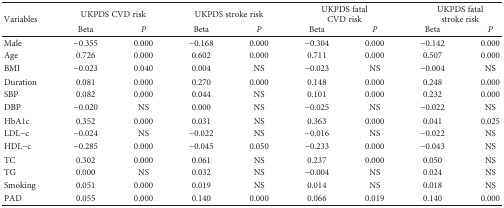
| <ROWSPAN=2> Variables | <COLSPAN=2> UKPDS CVD risk | <COLSPAN=2> UKPDS stroke risk | <COLSPAN=2> UKPDS fatal CVD risk | <COLSPAN=2> UKPDS fatal stroke risk |
 | Beta | P | Beta | P | Beta | P | Beta | P |
 | --- | --- | --- | --- | --- | --- | --- | --- | --- |
 | Male | −0.355 | 0.000 | −0.168 | 0.000 | −0.304 | 0.000 | −0.142 | 0.000 |
 | Age | 0.726 | 0.000 | 0.602 | 0.000 | 0.711 | 0.000 | 0.507 | 0.000 |
 | BMI | −0.023 | 0.040 | 0.004 | NS | −0.023 | NS | −0.004 | NS |
 | Duration | 0.081 | 0.000 | 0.270 | 0.000 | 0.148 | 0.000 | 0.248 | 0.000 |
 | SBP | 0.082 | 0.000 | 0.044 | NS | 0.101 | 0.000 | 0.232 | 0.000 |
 | DBP | −0.020 | NS | 0.000 | NS | −0.025 | NS | −0.022 | NS |
 | HbA1c | 0.352 | 0.000 | 0.031 | NS | 0.363 | 0.000 | 0.041 | 0.025 |
 | LDL−c | −0.024 | NS | −0.022 | NS | −0.016 | NS | −0.022 | NS |
 | HDL−c | −0.285 | 0.000 | −0.045 | 0.050 | −0.233 | 0.000 | −0.043 | NS |
 | TC | 0.302 | 0.000 | 0.061 | NS | 0.237 | 0.000 | 0.050 | NS |
 | TG | 0.000 | NS | 0.032 | NS | −0.004 | NS | 0.024 | NS |
 | Smoking | 0.051 | 0.000 | 0.019 | NS | 0.014 | NS | 0.018 | NS |
 | PAD | 0.055 | 0.000 | 0.140 | 0.000 | 0.066 | 0.019 | 0.140 | 0.000 |